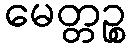
မေတ္တဉ္စ